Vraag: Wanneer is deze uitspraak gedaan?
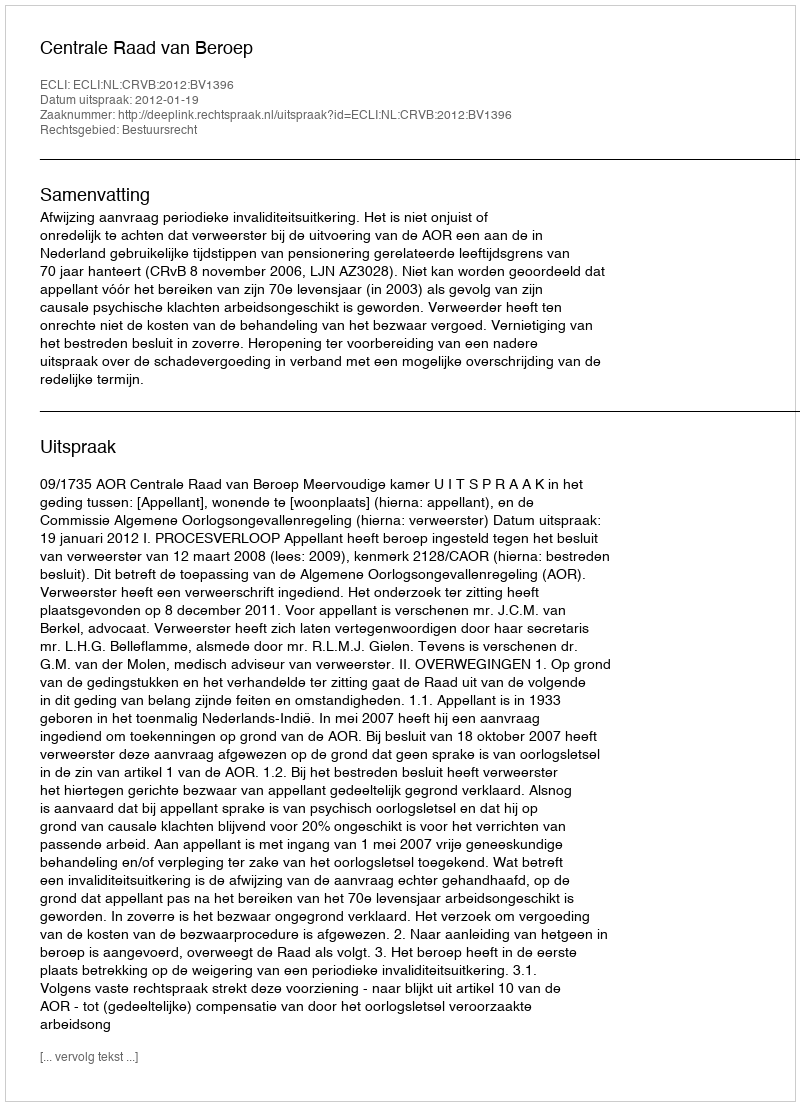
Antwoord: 2012-01-19